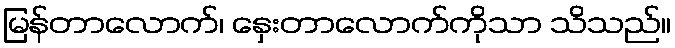
မြန်တာလောက်၊ နှေးတာလောက်ကိုသာ သိသည်။